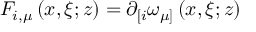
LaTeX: F _ { i , \mu } \left( x , \xi ; z \right) = \partial _ { \lbrack i } \omega _ { \mu ] } \left( x , \xi ; z \right)